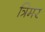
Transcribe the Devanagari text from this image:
त्रिमर